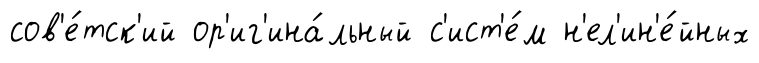
сов'е́тск'ий ор'иг'ина́льный с'ист'е́м н'ел'ин'е́йных